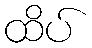
ထိပ်